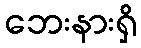
ဘေးနားရှိ